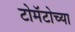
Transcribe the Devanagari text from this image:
टोमॅटोच्या